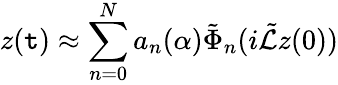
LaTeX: z(\mathtt{t})\approx\sum_{n=0}^{N}a_{n}(\alpha)\tilde{{\Phi}}_{n}(i\tilde{{\mathcal{{L}}}}z(0))